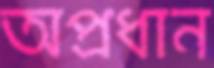
অপ্রধান